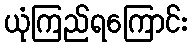
ယုံကြည်ရကြောင်း